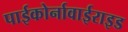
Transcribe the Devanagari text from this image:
पाईकोर्नावाईराइड